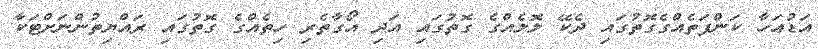
އަޑުއަހާ ކަންފަތެއްގެގޮތުގައި ދެކޭ ލޮލެއްގެ ގޮތުގައި އަދި އޯގާތެރި ހިތެއްގެ ގޮތުގައި ރައްޔިތުންނަށްޓަކާ